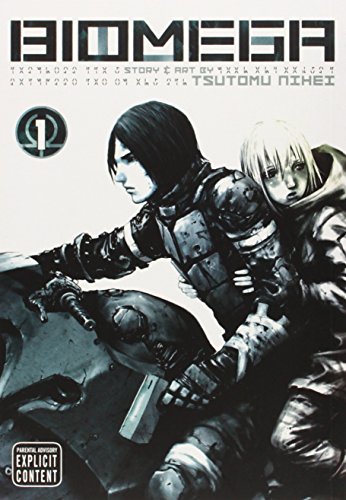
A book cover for Biomega, Vol. 1; Tsutomu Nihei; Comics & Graphic Novels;